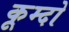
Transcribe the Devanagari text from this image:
कूम्दो